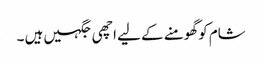
شام کو گھومنے کے لیے اچھی جگہیں ہیں ۔